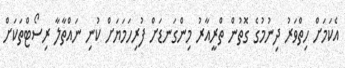
އެކަމަށް ހިތްވަރު ދިނުމުގެ ގޮތުން ތްރީއާރު މިންގަނޑަށް ފުރިހަމަޔަށް ކުނި ނައްތާލާ ރިސޯޓްތަކަށް